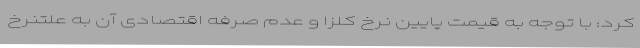
کرد: با توجه به قیمت پایین نرخ کلزا و عدم صرفه اقتصادی آن به علتنرخ